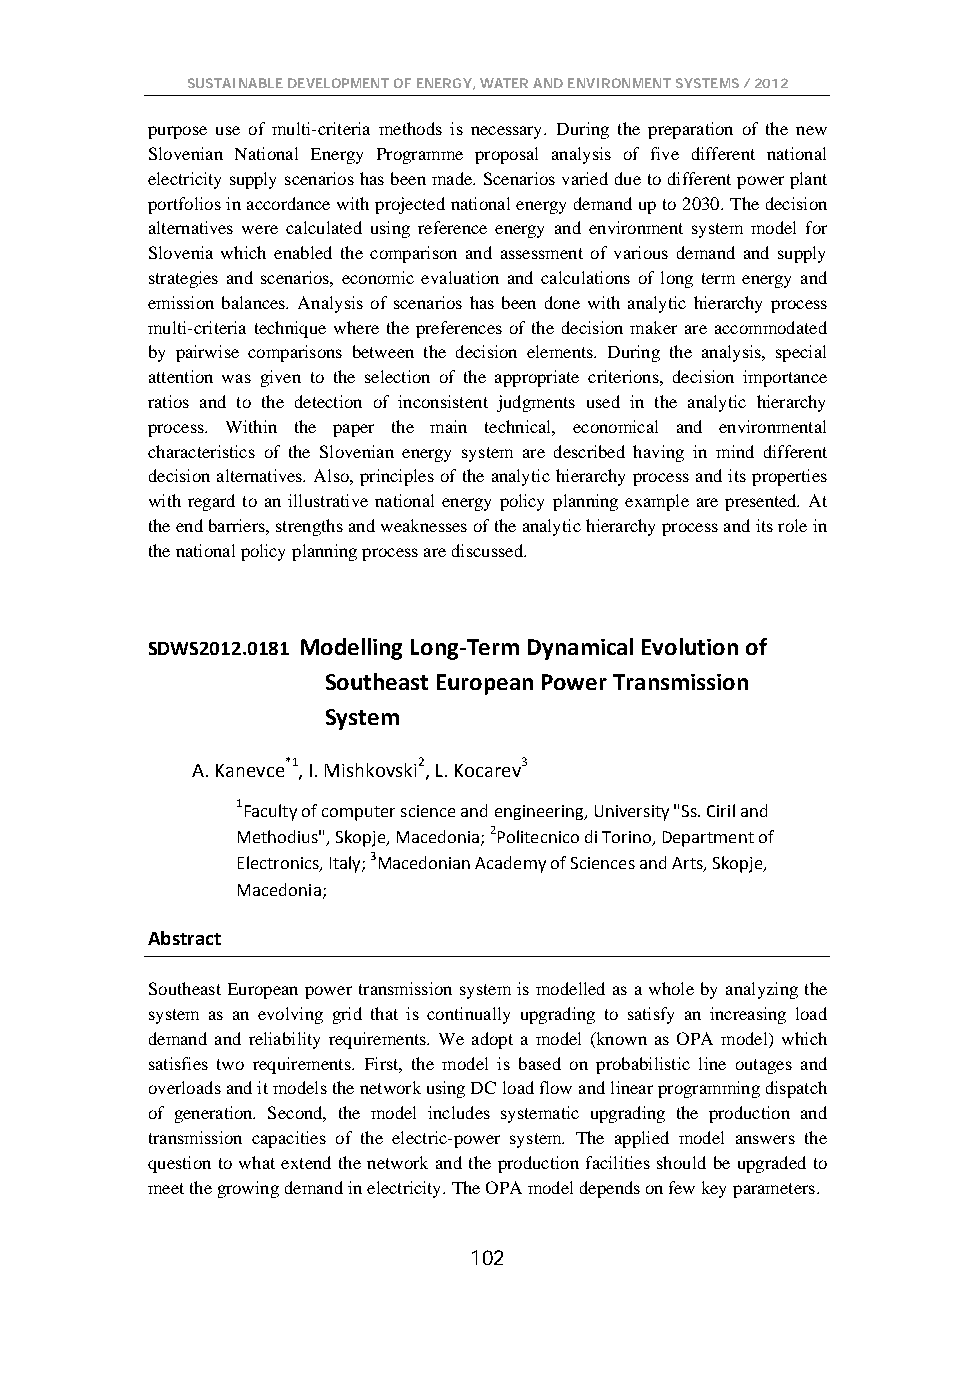
SUSTAINABLE DEVELOPMENT OF ENERGY, WATER AND ENVIRONMENT SYSTEMS / 2012
 purpose use of multi-criteria methods is necessary. During the preparation of the new
 Slovenian National Energy Programme proposal analysis of five different national
 electricity supply scenarios has been made. Scenarios varied due to different power plant
 portfolios in accordance with projected national energy demand up to 2030. The decision
 alternatives were calculated using reference energy and environment system model for
 Slovenia which enabled the comparison and assessment of various demand and supply
 strategies and scenarios, economic evaluation and calculations of long term energy and
 emission balances. Analysis of scenarios has been done with analytic hierarchy process
 multi-criteria technique where the preferences of the decision maker are accommodated
 by pairwise comparisons between the decision elements. During the analysis, special
 attention was given to the selection of the appropriate criterions, decision importance
 ratios and to the detection of inconsistent judgments used in the analytic hierarchy
 process. Within the paper the main technical, economical and environmental
 characteristics of the Slovenian energy system are described having in mind different
 decision alternatives. Also, principles of the analytic hierarchy process and its properties
 with regard to an illustrative national energy policy planning example are presented. At
 the end barriers, strengths and weaknesses of the analytic hierarchy process and its role in
 the national policy planning process are discussed.
 SDWS2012.0181 Modelling Long-Term Dynamical Evolution of
 Southeast European Power Transmission
 System
 A. Kanevce*1, I. Mishkovski2, L. Kocarev3
 1Faculty of computer science and engineering, University "Ss. Ciril and
 Methodius", Skopje, Macedonia; 2Politecnico di Torino, Department of
 Electronics, Italy; 3Macedonian Academy of Sciences and Arts, Skopje,
 Macedonia;
 Abstract
 Southeast European power transmission system is modelled as a whole by analyzing the
 system as an evolving grid that is continually upgrading to satisfy an increasing load
 demand and reliability requirements. We adopt a model (known as OPA model) which
 satisfies two requirements. First, the model is based on probabilistic line outages and
 overloads and it models the network using DC load flow and linear programming dispatch
 of generation. Second, the model includes systematic upgrading the production and
 transmission capacities of the electric-power system. The applied model answers the
 question to what extend the network and the production facilities should be upgraded to
 meet the growing demand in electricity. The OPA model depends on few key parameters.
 102